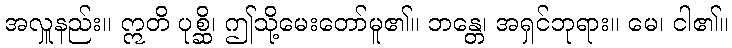
အလှူနည်း။ ဣတိ ပုစ္ဆိ၊ ဤသို့မေးတော်မူ၏။ ဘန္တေ၊ အရှင်ဘုရား။ မေ၊ ငါ၏။